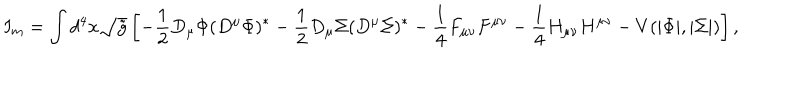
I _ { m } = \int d ^ { 4 } x \sqrt { { \tilde { g } } } \left[ - \frac { 1 } { 2 } D _ { \mu } \Phi ( D ^ { \mu } \Phi ) ^ { * } - \frac { 1 } { 2 } D _ { \mu } \Sigma ( D ^ { \mu } \Sigma ) ^ { * } - \frac { 1 } { 4 } F _ { \mu \nu } F ^ { \mu \nu } - \frac { 1 } { 4 } H _ { \mu \nu } H ^ { \mu \nu } - V ( | \Phi | , | \Sigma | ) \right] ,